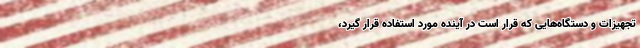
تجهیزات و دستگاه‌هایی که قرار است در آینده مورد استفاده قرار گیرد،